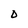
Character: 0